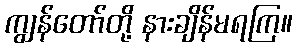
ကျွန်တော်တို့ နားချိန်မရကြ။